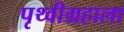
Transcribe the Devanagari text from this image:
पृथ्वीग्रहाला